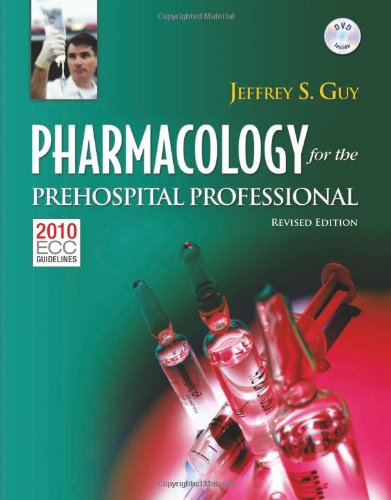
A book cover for Pharmacology For The Prehospital Professional: Revised Edition; Jeffrey Guy; Medical Books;